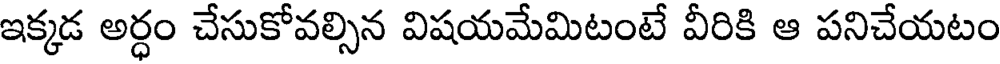
ఇక్కడ అర్ధం చేసుకోవల్సిన విషయమేమిటంటే వీరికి ఆ పనిచేయటం